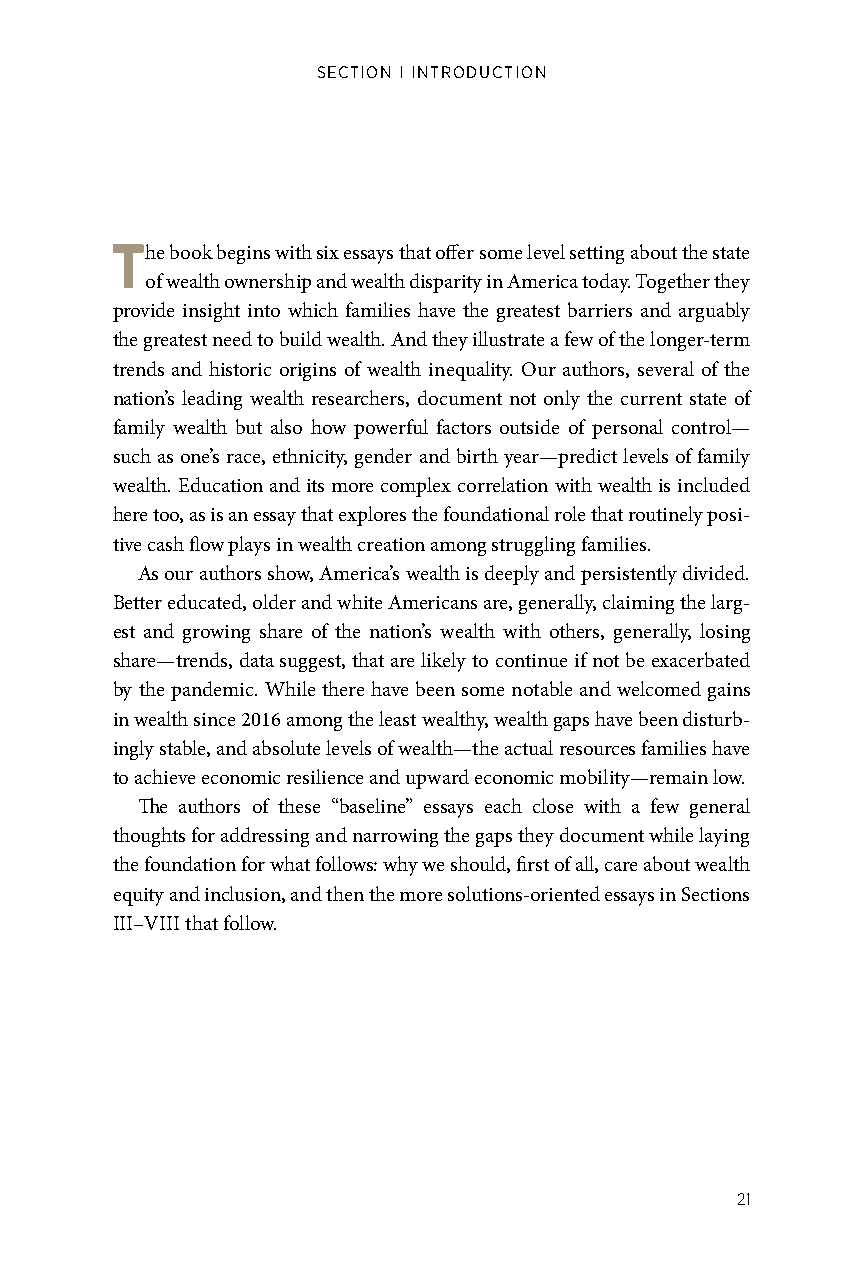
SECTION I INTRODUCTION
 The book begins with six essays that offer some level setting about the state
 of wealth ownership and wealth disparity in America today. Together they
 provide insight into which families have the greatest barriers and arguably
 the greatest need to build wealth. And they illustrate a few of the longer-term
 trends and historic origins of wealth inequality. Our authors, several of the
 nation’s leading wealth researchers, document not only the current state of
 family wealth but also how powerful factors outside of personal control—
 such as one’s race, ethnicity, gender and birth year—predict levels of family
 wealth. Education and its more complex correlation with wealth is included
 here too, as is an essay that explores the foundational role that routinely posi-
 tive cash flow plays in wealth creation among struggling families.
 As our authors show, America’s wealth is deeply and persistently divided.
 Better educated, older and white Americans are, generally, claiming the larg-
 est and growing share of the nation’s wealth with others, generally, losing
 share—trends, data suggest, that are likely to continue if not be exacerbated
 by the pandemic. While there have been some notable and welcomed gains
 in wealth since 2016 among the least wealthy, wealth gaps have been disturb-
 ingly stable, and absolute levels of wealth—the actual resources families have
 to achieve economic resilience and upward economic mobility—remain low.
 The authors of these “baseline” essays each close with a few general
 thoughts for addressing and narrowing the gaps they document while laying
 the foundation for what follows: why we should, first of all, care about wealth
 equity and inclusion, and then the more solutions-oriented essays in Sections
 III–VIII that follow.
 21